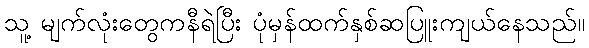
သူ့ မျက်လုံးတွေကနီရဲပြီး ပုံမှန်ထက်နှစ်ဆပြူးကျယ်နေသည်။